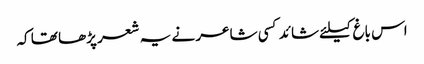
اس باغ کیلئے شائد کسی شاعر نے یہ شعر پڑھا تھا کہ